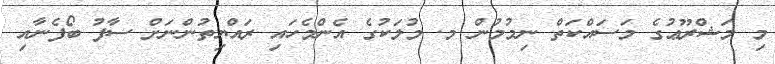
މި މަޝްރޫޢުގެ މަސައްކަތް ނިމުމުން މ. މުލަކުގެ އެންމެހައި ރައްޔިތުންނަށް ސާފު ބޯފެނާއި